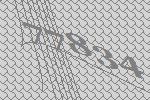
77834